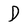
Character: D